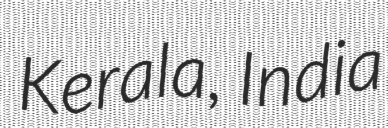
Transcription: Kerala, India